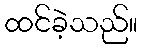
ထင်ခဲ့သည်။